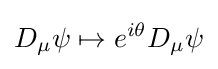
D_{\mu }\psi \mapsto e^{i\theta }D_{\mu }\psi